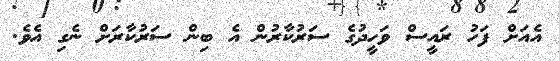
އެއަށް ފަހު ރައީސް ވަހީދުގެ ސަރުކާރުން އެ ބިން ސަރުކާރަށް ނެގި އެވެ.